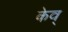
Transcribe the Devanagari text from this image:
केव्‌